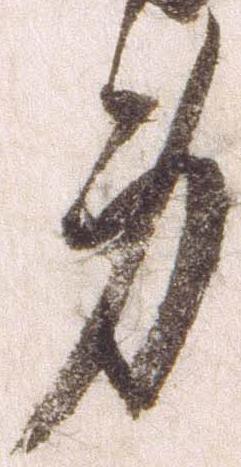
身